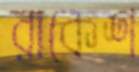
রাকেশ